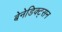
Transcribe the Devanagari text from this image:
बेनेडिक्ट्सन